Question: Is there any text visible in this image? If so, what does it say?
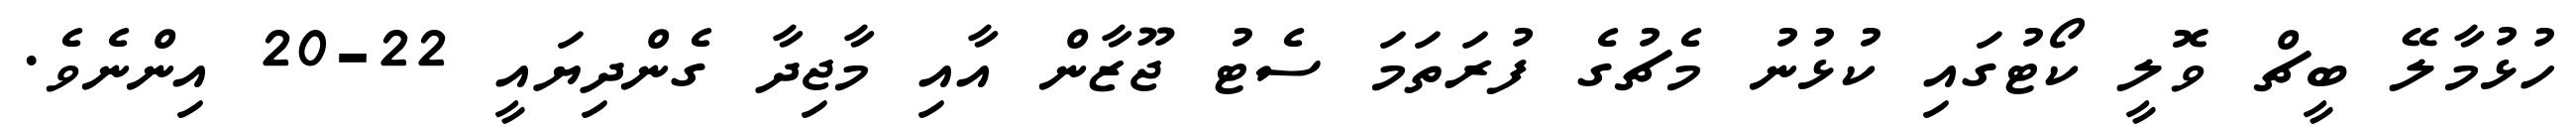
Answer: ހުޅުމާލޭ ބީޗް ވޮލީ ކޯޓުގައި ކުޅުނު މެޗުގެ ފުރަތަމަ ސެޓު ޖޫޒާން އާއި މާޖިދާ ގެންދިޔައީ 22-20 އިންނެވެ.